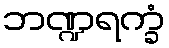
ဘဏ္ဍရက္ခံ